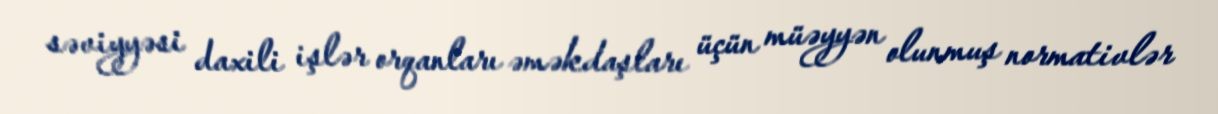
səviyyəsi daxili işlər orqanları əməkdaşları üçün müəyyən olunmuş normativlər